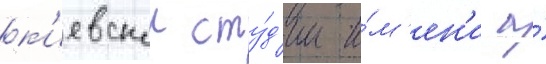
к'иевскои сту́д'ии и́м'ен'и а́